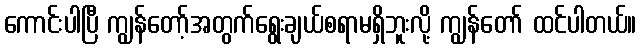
ကောင်းပါပြီ ကျွန်တော့်အတွက်ရွေးချယ်စရာမရှိဘူးလို့ ကျွန်တော် ထင်ပါတယ်။